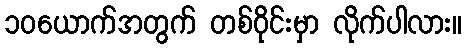
၁၀ယောက်အတွက် တစ်ဝိုင်းမှာ လိုက်ပါလား။